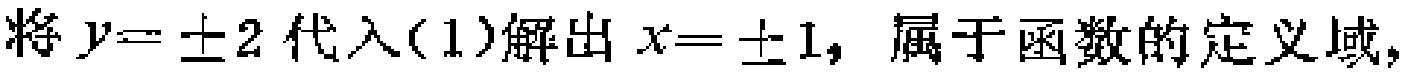
将\(y = \pm 2\)代入\((1)\)解出\(x = \pm 1\)，属于函数的定义域，